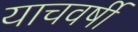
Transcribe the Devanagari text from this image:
याचवर्षी